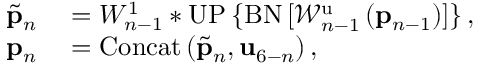
\begin{array} { r l } { \tilde { { \bf p } } _ { n } } & { { } = W _ { n - 1 } ^ { 1 } * \mathrm { U P } \left\{ \mathrm { B N } \left[ \mathcal { W } _ { n - 1 } ^ { \mathrm { u } } \left( { \bf p } _ { n - 1 } \right) \right] \right\} , } \\ { { \bf p } _ { n } } & { { } = \mathrm { C o n c a t } \left( \tilde { { \bf p } } _ { n } , { \bf u } _ { 6 - n } \right) , } \end{array}